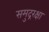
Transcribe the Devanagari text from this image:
समुद्ररक्षा